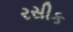
રસીક